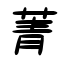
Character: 菁